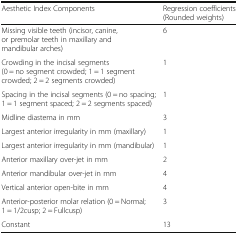
<table><thead><tr><td><b>Aesthetic Index Components</b></td><td><b>Regression coefficients (Rounded weights)</b></td></tr></thead><tbody><tr><td>Missing visible teeth (incisor, canine, or premolar teeth in maxillary and mandibular arches)</td><td>6</td></tr><tr><td>Crowding in the incisal segments (0 = no segment crowded; 1 = 1 segment crowded; 2 = 2 segments crowded)</td><td>1</td></tr><tr><td>Spacing in the incisal segments (0 = no spacing; 1 = 1 segment spaced; 2 = 2 segments spaced)</td><td>1</td></tr><tr><td>Midline diastema in mm</td><td>3</td></tr><tr><td>Largest anterior irregularity in mm (maxillary)</td><td>1</td></tr><tr><td>Largest anterior irregularity in mm (mandibular)</td><td>1</td></tr><tr><td>Anterior maxillary over-jet in mm</td><td>2</td></tr><tr><td>Anterior mandibular over-jet in mm</td><td>4</td></tr><tr><td>Vertical anterior open-bite in mm</td><td>4</td></tr><tr><td>Anterior-posterior molar relation (0 = Normal; 1 = 1/2cusp; 2 = Fullcusp)</td><td>3</td></tr><tr><td>Constant</td><td>13</td></tr></tbody></table>